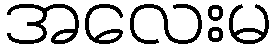
အလေးမ